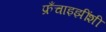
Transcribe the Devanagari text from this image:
फ्रँचाइझींशी